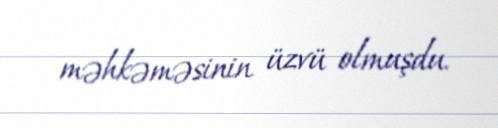
məhkəməsinin üzvü olmuşdu.